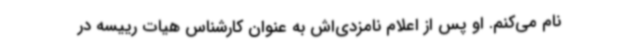
نام می‌کنم. او پس از اعلام نامزدی‌اش به عنوان کارشناس هیات رییسه در